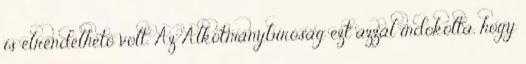
is elrendelhető volt. Az Alkotmánybíróság ezt azzal indokolta, hogy